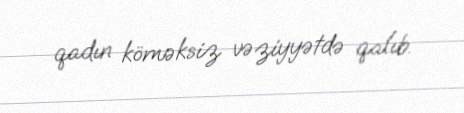
qadın köməksiz vəziyyətdə qalıb.